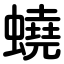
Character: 蟯